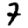
Digit: 7